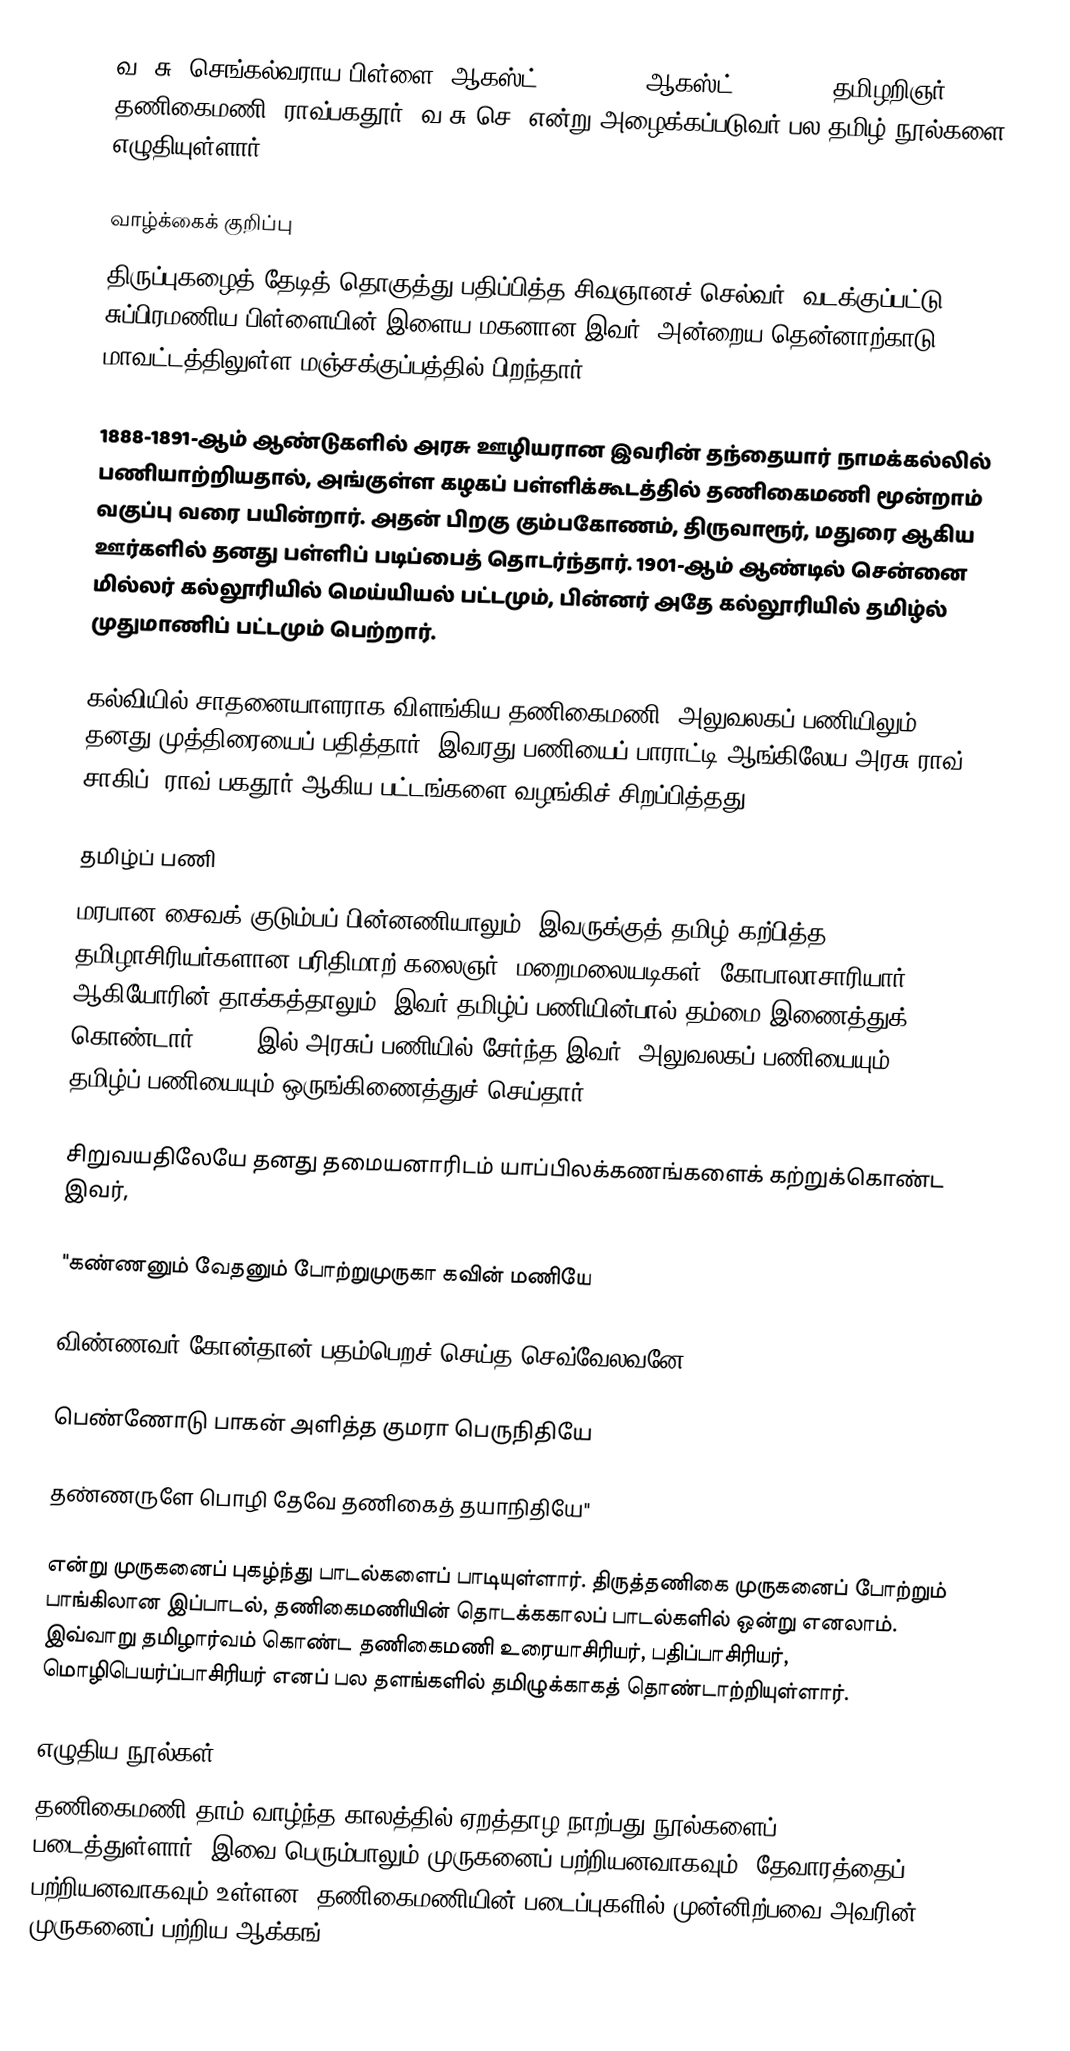
வ. சு. செங்கல்வராய பிள்ளை (ஆகஸ்ட் 15, 1883 - ஆகஸ்ட் 25, 1971) தமிழறிஞர். தணிகைமணி, ராவ்பகதூர், வ.சு.செ. என்று அழைக்கப்படுவர் பல தமிழ் நூல்களை எழுதியுள்ளார்.

வாழ்க்கைக் குறிப்பு
திருப்புகழைத் தேடித் தொகுத்து பதிப்பித்த சிவஞானச் செல்வர், வடக்குப்பட்டு சுப்பிரமணிய பிள்ளையின் இளைய மகனான இவர், அன்றைய தென்னாற்காடு மாவட்டத்திலுள்ள மஞ்சக்குப்பத்தில் பிறந்தார்.

1888-1891-ஆம் ஆண்டுகளில் அரசு ஊழியரான இவரின் தந்தையார் நாமக்கல்லில் பணியாற்றியதால், அங்குள்ள கழகப் பள்ளிக்கூடத்தில் தணிகைமணி மூன்றாம் வகுப்பு வரை பயின்றார். அதன் பிறகு கும்பகோணம், திருவாரூர், மதுரை ஆகிய ஊர்களில் தனது பள்ளிப் படிப்பைத் தொடர்ந்தார். 1901-ஆம் ஆண்டில் சென்னை மில்லர் கல்லூரியில் மெய்யியல் பட்டமும், பின்னர் அதே கல்லூரியில் தமிழ்ல் முதுமாணிப் பட்டமும் பெற்றார்.

கல்வியில் சாதனையாளராக விளங்கிய தணிகைமணி, அலுவலகப் பணியிலும் தனது முத்திரையைப் பதித்தார். இவரது பணியைப் பாராட்டி ஆங்கிலேய அரசு ராவ் சாகிப், ராவ் பகதூர் ஆகிய பட்டங்களை வழங்கிச் சிறப்பித்தது.

தமிழ்ப் பணி
மரபான சைவக் குடும்பப் பின்னணியாலும், இவருக்குத் தமிழ் கற்பித்த தமிழாசிரியர்களான பரிதிமாற் கலைஞர், மறைமலையடிகள், கோபாலாசாரியார் ஆகியோரின் தாக்கத்தாலும், இவர் தமிழ்ப் பணியின்பால் தம்மை இணைத்துக் கொண்டார். 1905-இல் அரசுப் பணியில் சேர்ந்த இவர், அலுவலகப் பணியையும், தமிழ்ப் பணியையும் ஒருங்கிணைத்துச் செய்தார்.

சிறுவயதிலேயே தனது தமையனாரிடம் யாப்பிலக்கணங்களைக் கற்றுக்கொண்ட இவர்,

"கண்ணனும் வேதனும் போற்றுமுருகா கவின் மணியே

விண்ணவர் கோன்தான் பதம்பெறச் செய்த செவ்வேலவனே

பெண்ணோடு பாகன் அளித்த குமரா பெருநிதியே

தண்ணருளே பொழி தேவே தணிகைத் தயாநிதியே"

என்று முருகனைப் புகழ்ந்து பாடல்களைப் பாடியுள்ளார். திருத்தணிகை முருகனைப் போற்றும் பாங்கிலான இப்பாடல், தணிகைமணியின் தொடக்ககாலப் பாடல்களில் ஒன்று எனலாம். இவ்வாறு தமிழார்வம் கொண்ட தணிகைமணி உரையாசிரியர், பதிப்பாசிரியர், மொழிபெயர்ப்பாசிரியர் எனப் பல தளங்களில் தமிழுக்காகத் தொண்டாற்றியுள்ளார்.

எழுதிய நூல்கள்
தணிகைமணி தாம் வாழ்ந்த காலத்தில் ஏறத்தாழ நாற்பது நூல்களைப் படைத்துள்ளார். இவை பெரும்பாலும் முருகனைப் பற்றியனவாகவும், தேவாரத்தைப் பற்றியனவாகவும் உள்ளன. தணிகைமணியின் படைப்புகளில் முன்னிற்பவை அவரின் முருகனைப் பற்றிய ஆக்கங்